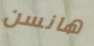
هانسن